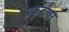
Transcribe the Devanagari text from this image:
प्रकृतीवर